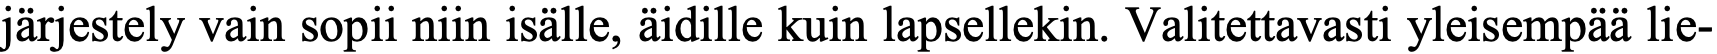
järjestely vain sopii niin isälle, äidille kuin lapsellekin. Valitettavasti yleisempää lie-